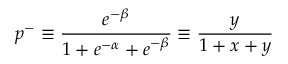
p ^ { - } \equiv \frac { e ^ { - \beta } } { 1 + e ^ { - \alpha } + e ^ { - \beta } } \equiv \frac { y } { 1 + x + y }